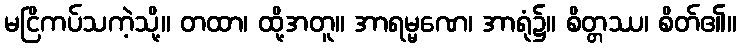
မငြိကပ်သကဲ့သို့။ တထာ၊ ထို့အတူ။ အာရမ္မဏေ၊ အာရုံ၌။ စိတ္တဿ၊ စိတ်၏။